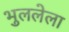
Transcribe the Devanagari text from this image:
भुललेला